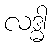
လဒ္ဓါ